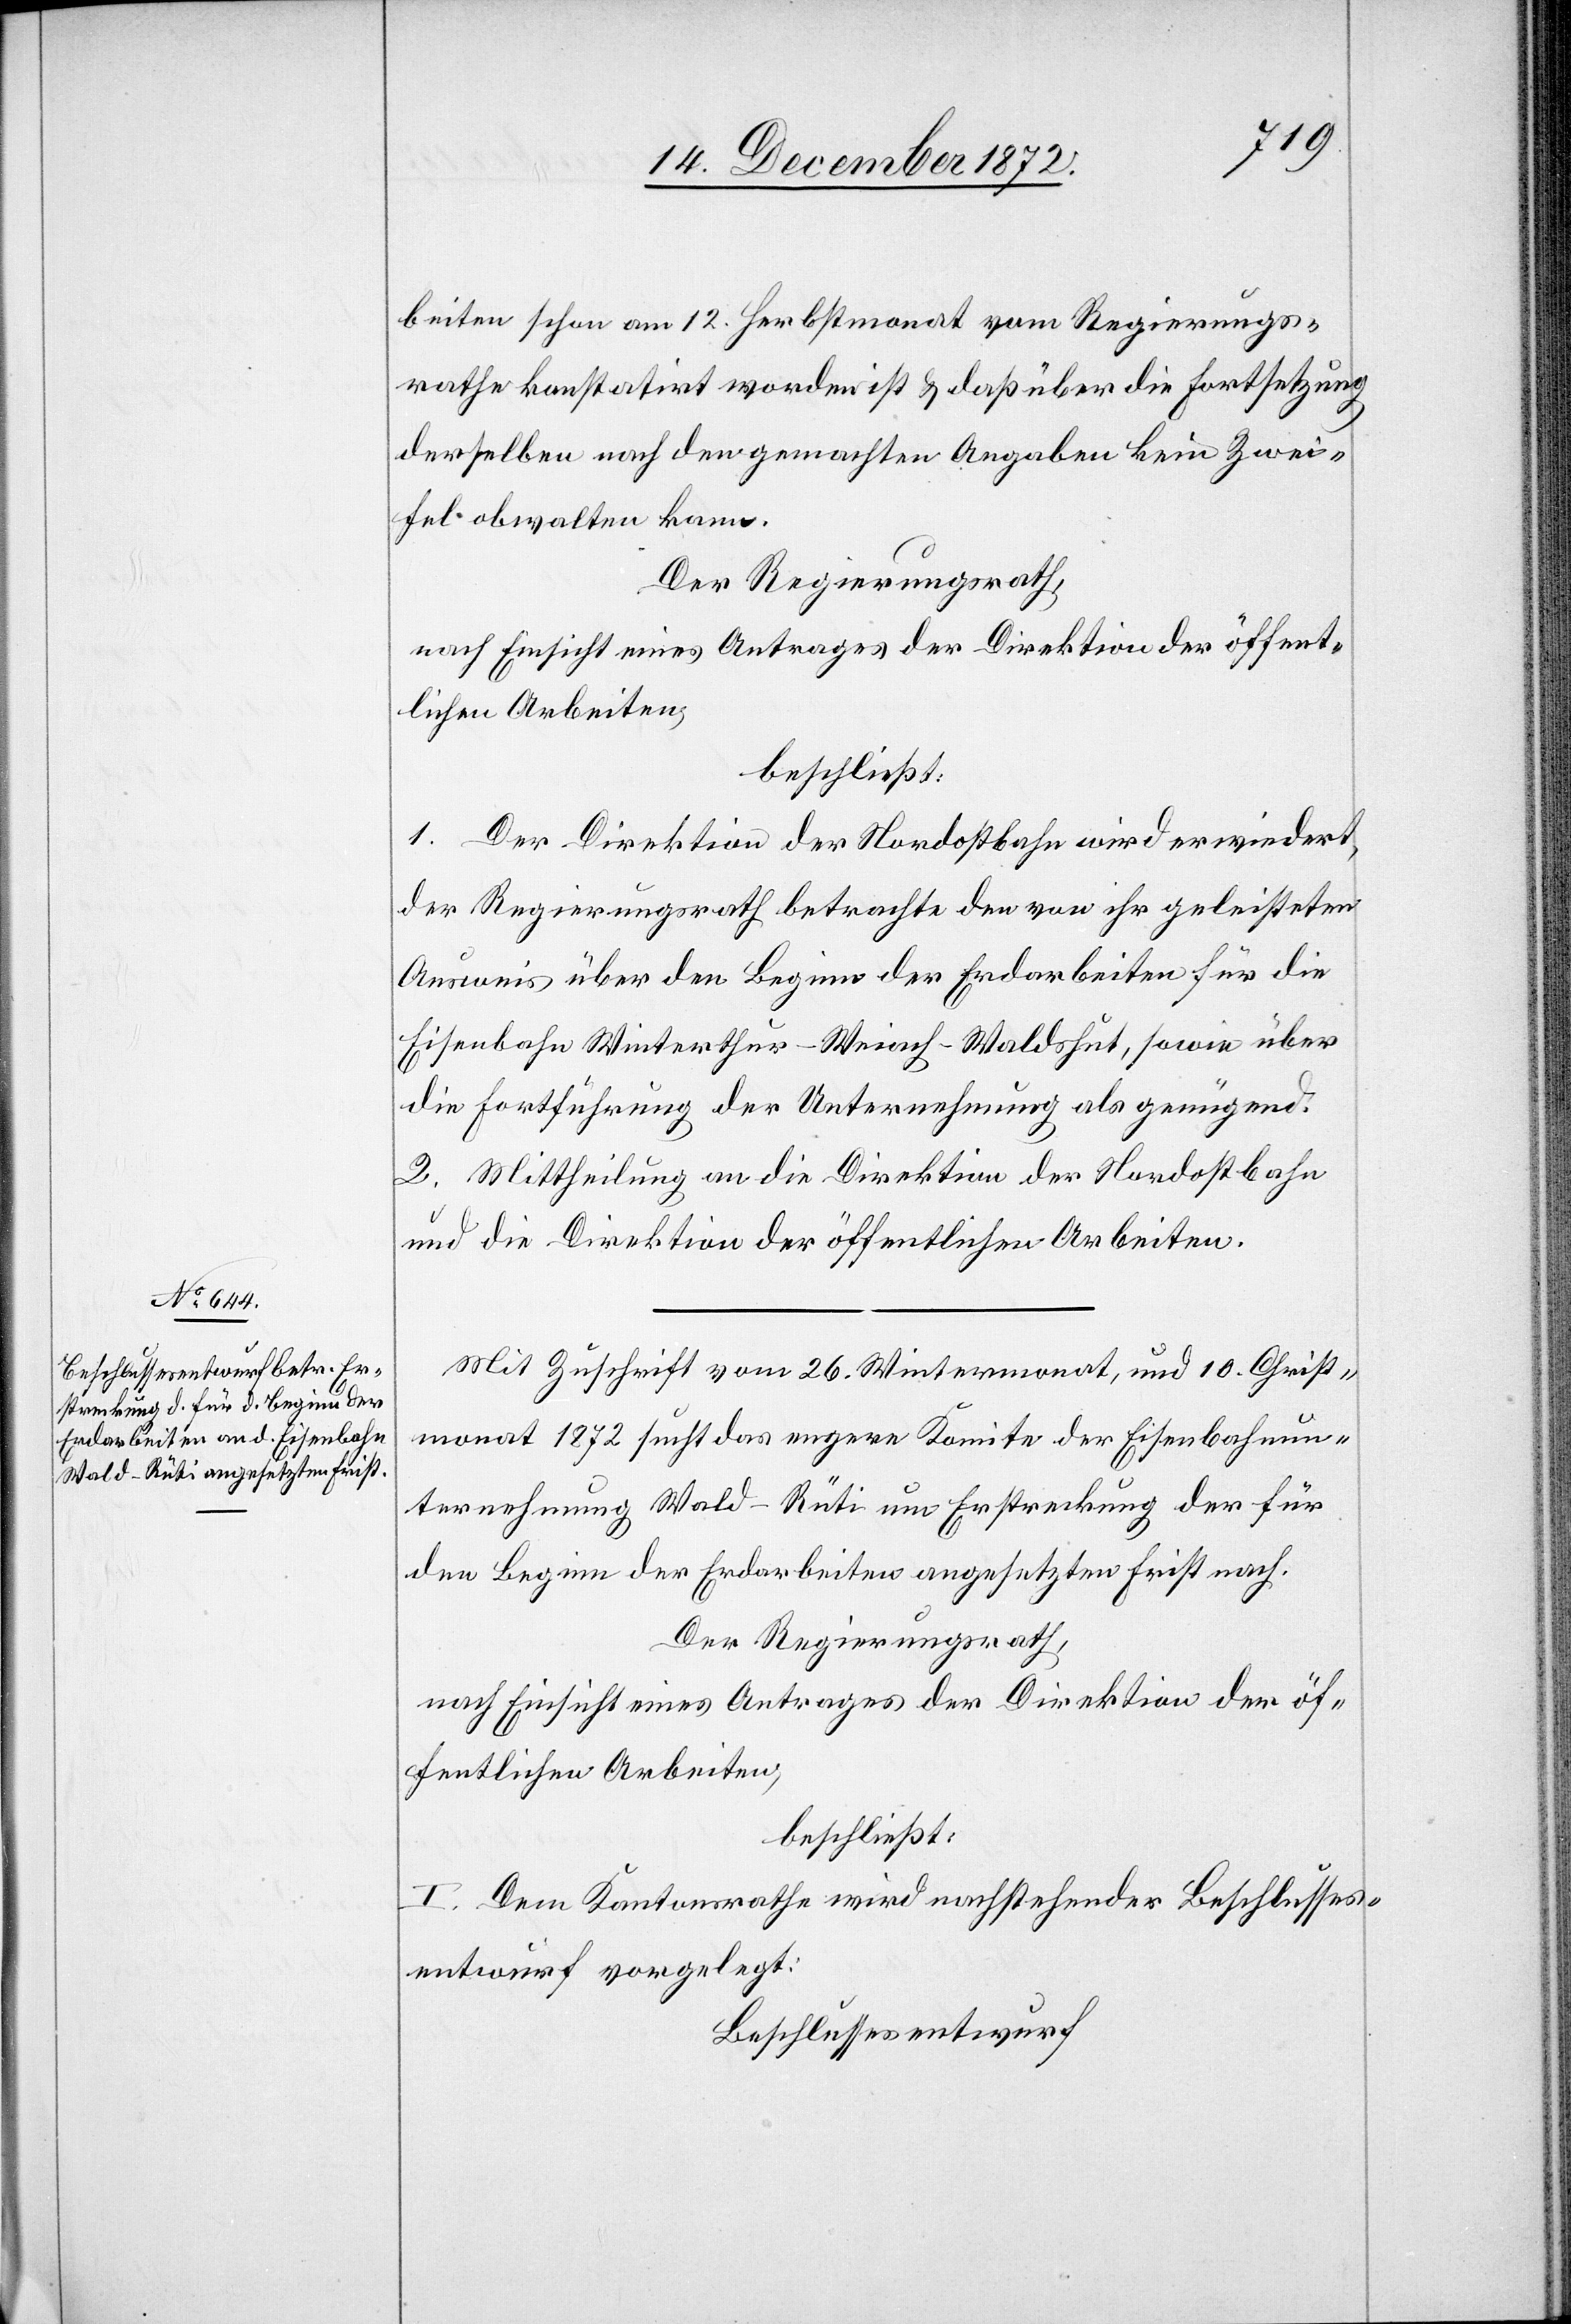
beiten schon am 12. Herbstmonat vom Regierungs¬
rathe konstantirt worden ist u. daß über die Fortsetzung
derselben nach den gemachten Angaben kein Zwei¬
fel obwalten kann.
Der Regierungsrath,
nach Einsicht eines Antrages der Direktion der öffent¬
lichen Arbeiten,
beschließt:
1. Der Direktion der Nordostbahn wird erwiedert,
der Regierungsrath betrachte den von ihr geleistete
Ausweis über den Beginn der Erdarbeiten für die
Eisenbahn Winterthur–Weiach–Walsdshut, sowie über
die Fortführung der Unternehmung als genügend.
2. Mittheilung an die Direktion der Nordostbahn
und die Direktion der öffentlichen Arbeiten.
Mit Zuschrift vom 26. Wintermonat, und 10. Christ¬
monat 1872 sucht das engere Komitee der Eisenbahnun¬
ternehmung Wald–Rüti um Erstreckung der für
den Beginn der Erdarbeiten angesetzten Frist nach.
Der Regierungsrath,
nach Einsicht eines Antrages der Direktion der öf¬
fentlichen Arbeiten,
beschließt:
I. Dem Kantonsrathe wird nachstehender Beschlusses¬
entwurf vorgelegt:
Beschlussesentwurf